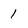
Character: 1